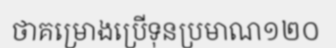
ថាគម្រោងប្រើទុនប្រមាណ១២០